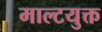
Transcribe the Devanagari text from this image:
माल्टयुक्त